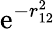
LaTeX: \mathrm{e}^{-r_{12}^{2}}